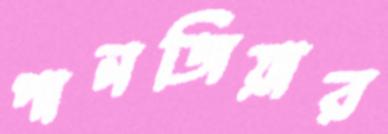
পানজিয়ার